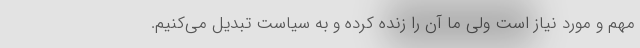
مهم و مورد نياز است ولي ما آن را زنده كرده و به سياست تبديل مي‌كنيم.